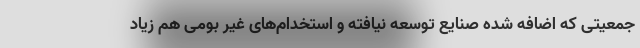
جمعیتی که اضافه شده صنایع توسعه نیافته و استخدام‌های غیر بومی هم زیاد